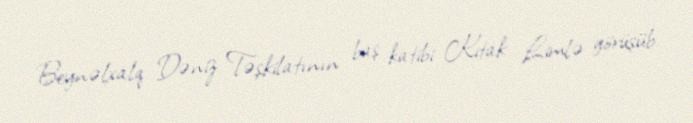
Beynəlxalq Dəniz Təşkilatının baş katibi Kitak Limlə görüşüb.